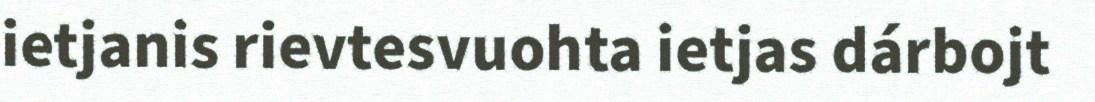
ietjanis rievtesvuohta ietjas dárbojt